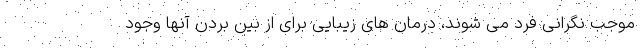
موجب نگرانی فرد می شوند، درمان های زیبایی برای از بین بردن آنها وجود